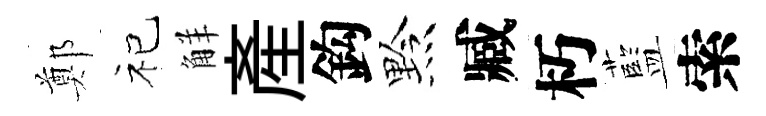
鄭祀觧産鈎黔臧朽藍索